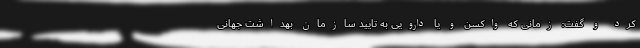
کرد و گفت: زمانی که واکسن و یا دارویی به تایید سازمان بهداشت جهانی